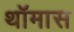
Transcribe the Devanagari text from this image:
थॉमास